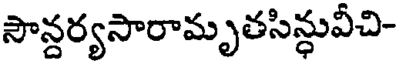
సౌన్దర్యసారామృతసిన్ధువీచి-